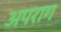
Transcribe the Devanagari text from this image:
अपराग